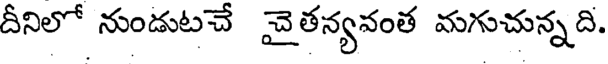
దీనిలో నుండుటచే వైతన్యవంత మగుచున్నది.